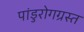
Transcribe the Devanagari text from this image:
पांडुरोगग्रस्त